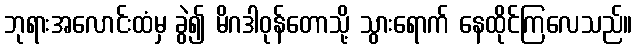
ဘုရားအလောင်းထံမှ ခွဲ၍ မိဂဒါဝုန်တောသို့ သွားရောက် နေထိုင်ကြလေသည်။